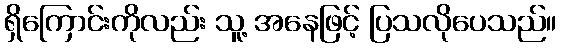
ရှိကြောင်းကိုလည်း သူ့ အနေဖြင့် ပြသလိုပေသည်။